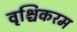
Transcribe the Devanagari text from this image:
वृश्चिकरम